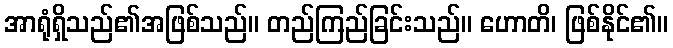
အာရုံရှိသည်၏အဖြစ်သည်။ တည်ကြည်ခြင်းသည်။ ဟောတိ၊ ဖြစ်နိုင်၏။